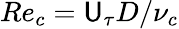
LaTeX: Re_{c}=\mathsf{U}_{\tau}D/\nu_{c}